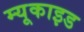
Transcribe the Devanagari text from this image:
म्यूकाइड